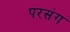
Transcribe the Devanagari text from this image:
परसंग